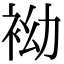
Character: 袎